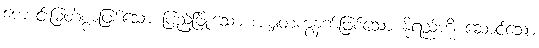
ကောင်းမြတ်စွာဖြစ်သော ပြည့်ဖြိုးသော အမျှတကွနက်ဖြစ်သော နို့ရည်ကို ဆောင်သော